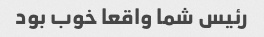
رئیس شما واقعا خوب بود